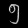
Digit: ၅